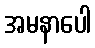
အမနာပေါ